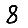
Digit: 8